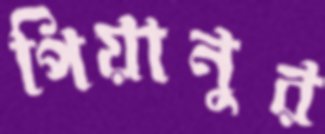
পিয়ানুর